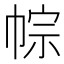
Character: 𢃏